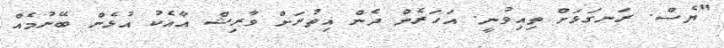
"ޔެސް. ރަނގަޅަށް ތިއިވުނީ. އަހަރެން ދެން އިތުރަށް ވާރިޝް އާއެކު އުޅެން ބޭނުމެއް